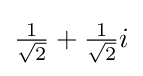
{\tfrac {1}{\sqrt {2}}}+{\tfrac {1}{\sqrt {2}}}i